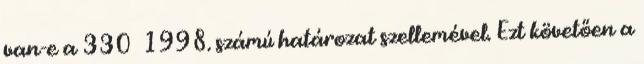
van-e a 330 1998. számú határozat szellemével. Ezt követően a